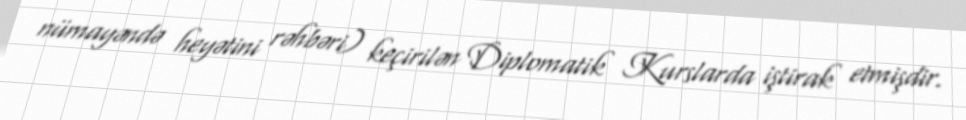
nümayəndə heyətini rəhbəri) keçirilən Diplomatik Kurslarda iştirak etmişdir.